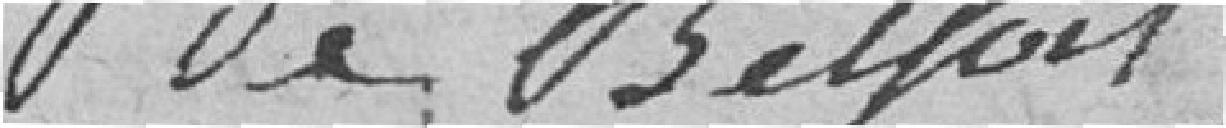
de Belfort